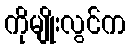
ကိုမျိုးလွင်က